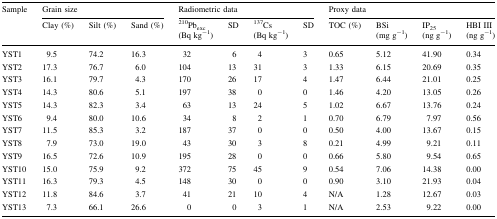
<table><thead><tr><td rowspan="2"><b>Sample</b></td><td colspan="3"><b>Grain size</b></td><td colspan="4"><b>Radiometric data</b></td><td colspan="4"><b>Proxy data</b></td></tr><tr><td><b>Clay (%)</b></td><td><b>Silt (%)</b></td><td><b>Sand (%)</b></td><td><b><sup>210</sup>Pb<sub>exc</sub> (Bq kg<sup>−1</sup>)</b></td><td><b>SD</b></td><td><b><sup>137</sup>Cs (Bq kg<sup>−1</sup>)</b></td><td><b>SD</b></td><td><b>TOC (%)</b></td><td><b>BSi (mg g<sup>−1</sup>)</b></td><td><b>IP<sub>25</sub> (ng g<sup>−1</sup>)</b></td><td><b>HBI III (ng g<sup>−1</sup>)</b></td></tr></thead><tbody><tr><td>YST1</td><td>9.5</td><td>74.2</td><td>16.3</td><td>32</td><td>6</td><td>4</td><td>3</td><td>0.65</td><td>5.12</td><td>41.90</td><td>0.34</td></tr><tr><td>YST2</td><td>17.3</td><td>76.7</td><td>6.0</td><td>104</td><td>13</td><td>31</td><td>3</td><td>1.33</td><td>6.15</td><td>20.69</td><td>0.35</td></tr><tr><td>YST3</td><td>16.1</td><td>79.7</td><td>4.3</td><td>170</td><td>26</td><td>17</td><td>4</td><td>1.47</td><td>6.44</td><td>21.01</td><td>0.25</td></tr><tr><td>YST4</td><td>14.3</td><td>80.6</td><td>5.1</td><td>197</td><td>38</td><td>0</td><td>0</td><td>1.46</td><td>4.20</td><td>13.05</td><td>0.26</td></tr><tr><td>YST5</td><td>14.3</td><td>82.3</td><td>3.4</td><td>63</td><td>13</td><td>24</td><td>5</td><td>1.02</td><td>6.67</td><td>13.76</td><td>0.24</td></tr><tr><td>YST6</td><td>9.4</td><td>80.0</td><td>10.6</td><td>34</td><td>8</td><td>2</td><td>1</td><td>0.70</td><td>6.79</td><td>7.97</td><td>0.56</td></tr><tr><td>YST7</td><td>11.5</td><td>85.3</td><td>3.2</td><td>187</td><td>37</td><td>0</td><td>0</td><td>0.50</td><td>4.00</td><td>13.67</td><td>0.15</td></tr><tr><td>YST8</td><td>7.9</td><td>73.0</td><td>19.0</td><td>43</td><td>30</td><td>3</td><td>8</td><td>0.21</td><td>4.99</td><td>9.21</td><td>0.11</td></tr><tr><td>YST9</td><td>16.5</td><td>72.6</td><td>10.9</td><td>195</td><td>28</td><td>0</td><td>0</td><td>0.66</td><td>5.80</td><td>9.54</td><td>0.65</td></tr><tr><td>YST10</td><td>15.0</td><td>75.9</td><td>9.2</td><td>372</td><td>75</td><td>45</td><td>9</td><td>0.54</td><td>7.06</td><td>14.38</td><td>0.00</td></tr><tr><td>YST11</td><td>16.3</td><td>79.3</td><td>4.5</td><td>148</td><td>30</td><td>0</td><td>0</td><td>0.90</td><td>3.10</td><td>21.93</td><td>0.04</td></tr><tr><td>YST12</td><td>11.8</td><td>84.6</td><td>3.7</td><td>41</td><td>21</td><td>10</td><td>4</td><td>N/A</td><td>1.28</td><td>12.67</td><td>0.03</td></tr><tr><td>YST13</td><td>7.3</td><td>66.1</td><td>26.6</td><td>0</td><td>0</td><td>3</td><td>1</td><td>N/A</td><td>2.53</td><td>9.22</td><td>0.00</td></tr></tbody></table>